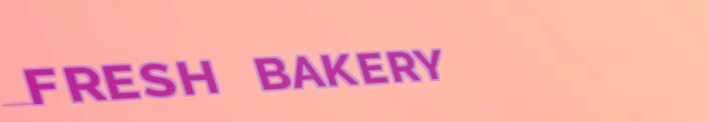
FRESH BAKERY